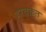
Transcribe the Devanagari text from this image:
हरवक़त